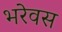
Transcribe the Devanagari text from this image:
भरेवस